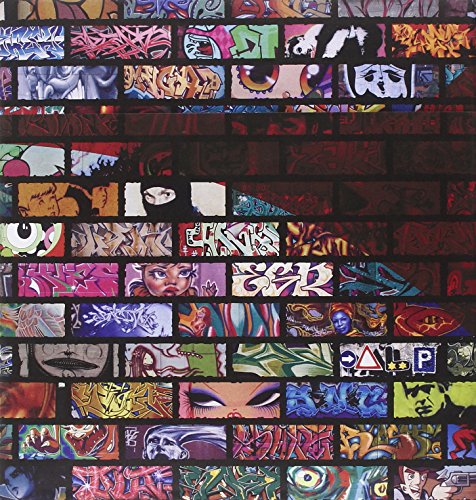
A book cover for Graffiti World (Updated Edition): Street Art from Five Continents; Nicholas Ganz; Arts & Photography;